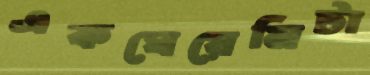
একঘেয়েমিটা